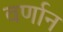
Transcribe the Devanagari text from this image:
वर्णान